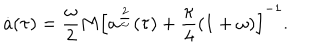
\dot { a } ( { \tau } ) = \frac { \omega } { 2 } M \left[ a ^ { \frac { 2 } { \omega } } ( \tau ) + \frac { \kappa } { 4 } ( 1 + \omega ) \right] ^ { - 1 } .